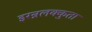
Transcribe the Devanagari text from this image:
इरन्नलक्कुता